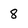
Character: 8